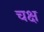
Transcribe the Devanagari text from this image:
चक्ष